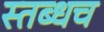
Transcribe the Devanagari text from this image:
स्तब्धच